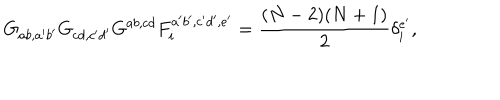
G _ { a b , a ^ { \prime } b ^ { \prime } } G _ { c d , c ^ { \prime } d ^ { \prime } } G ^ { a b , c d } F _ { i } ^ { a ^ { \prime } b ^ { \prime } , c ^ { \prime } d ^ { \prime } , e ^ { \prime } } = \frac { ( N - 2 ) ( N + 1 ) } { 2 } \delta _ { i } ^ { e ^ { \prime } } ,